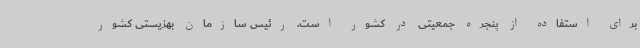
برای استفاده از پنجره جمعیتی در کشور است. رئیس سازمان بهزیستی کشور